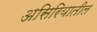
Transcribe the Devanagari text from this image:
असिरियातील